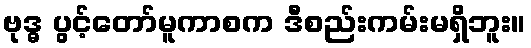
ဗုဒ္ဓ ပွင့်တော်မူကာစက ဒီစည်းကမ်းမရှိဘူး။